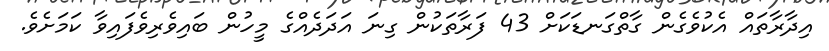
އިދާރާތައް އެކުވެގެން ގާތްގަނޑަކަށް 43 ފަރާތަކުން ގިނަ އަދަދެއްގެ މީހުން ބައިވެރިވެފައިވާ ކަމަށެވެ.